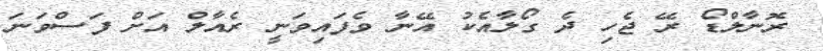
ރޮނާލްޑޯ ރޭ ޖެހި ދެ ގޯލާއެކު އޭނާ ވެފައިވަނީ ރެއާލް އަށް ފަސްވަނަ